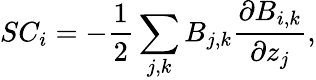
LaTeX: SC_{i}=-\frac{1}{2}\sum_{j,k}B_{j,k}\frac{\partial B_{i,k}}{\partial z_{j}},